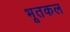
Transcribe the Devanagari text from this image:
भूतकल